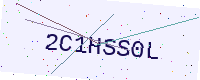
Text: 2C1HSS0L